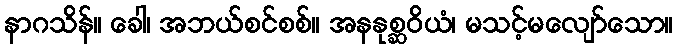
နာဂသိန်။ ခေါ၊ အဘယ်စင်စစ်။ အနနုစ္ဆဝိယံ၊ မသင့်မလျော်သော။